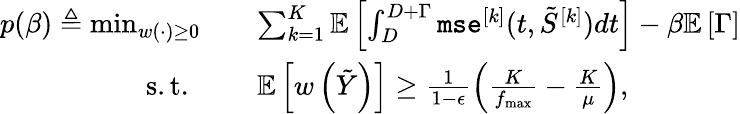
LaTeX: \begin{array}{rl}{p(\beta)\triangleq\operatorname*{min}_{w(\cdot)\geq 0}}&{\quad\sum_{k=1}^{K}{\mathbb{E}}\left[\int_{D}^{D+\Gamma}\texttt{mse}^{[k]}(t,\tilde{S}^{[k]})dt\right]-\beta{\mathbb{E}}\left[\Gamma\right]}\\ {\mathrm{s.t.~}}&{\quad{\mathbb{E}}\left[w\left(\tilde{Y}\right)\right]\geq\frac{1}{1-\epsilon}\left(\frac{K}{f_{\operatorname*{max}}}-\frac{K}{\mu}\right),}\end{array}